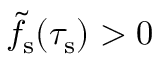
\tilde { f } _ { \mathrm { s } } ( \tau _ { \mathrm { s } } ) > 0